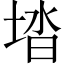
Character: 𡌩